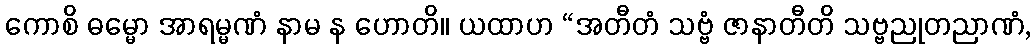
ကောစိ ဓမ္မော အာရမ္မဏံ နာမ န ဟောတိ။ ယထာဟ “အတီတံ သဗ္ဗံ ဇာနာတီတိ သဗ္ဗညုတညာဏံ,